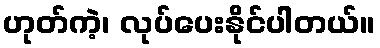
ဟုတ်ကဲ့၊ လုပ်ပေးနိုင်ပါတယ်။